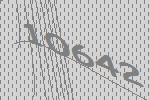
10642